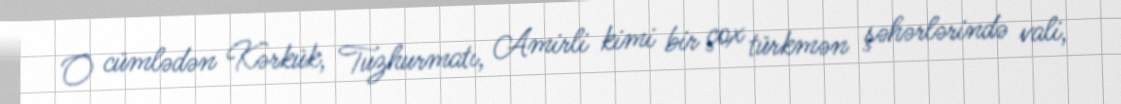
O cümlədən Kərkük, Tuzhurmatı, Amirli kimi bir çox türkmən şəhərlərində vali,